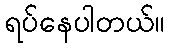
ရပ်နေပါတယ်။